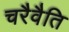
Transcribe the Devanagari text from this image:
चरैवैति